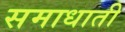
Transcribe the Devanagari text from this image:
समाधाती